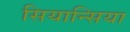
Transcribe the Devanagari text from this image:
सियान्सिया